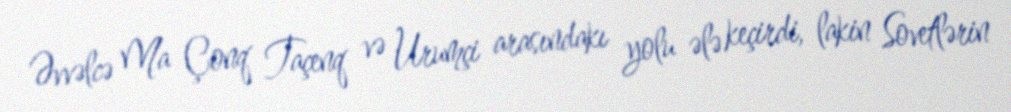
Əvvəlcə Ma Çonq Taçenq və Urumçi arasındakı yolu ələ keçirdi, lakin Sovetlərin